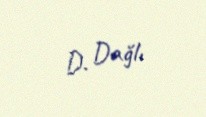
D. Dağlı